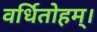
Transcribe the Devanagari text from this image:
वर्धितोहम्।